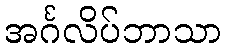
အင်္ဂလိပ်ဘာသာ